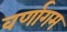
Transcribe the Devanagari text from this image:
वर्णागम